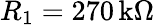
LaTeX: R_{1}=270\, \mathrm{k\Omega}